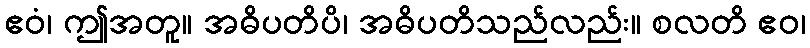
ဧဝံ၊ ဤအတူ။ အဓိပတိပိ၊ အဓိပတိသည်လည်း။ စလတိ ဧဝ၊